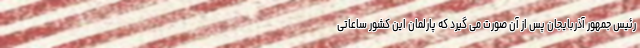
رئیس جمهور آذربایجان پس از آن صورت می گیرد که پارلمان این کشور ساعاتی